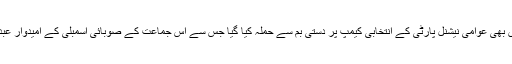
صوبائی دارالحکومت کے علاقے کچلاغ میں بھی عوامی نیشنل پارٹی کے انتخابی کیمپ پر دستی بم سے حملہ کیا گیا جس سے اس جماعت کے صوبائی اسمبلی کے امیدوار عبدالستار کاکڑ سمیت پانچ افراد زخمی ہو گئے۔